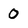
Character: 0